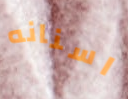
اسنانه